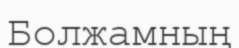
Болжамның